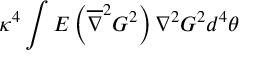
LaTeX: \kappa ^ { 4 } \int E \left( \overline { { { \nabla } } } ^ { 2 } G ^ { 2 } \right) \nabla ^ { 2 } G ^ { 2 } d ^ { 4 } \theta